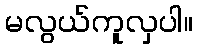
မလွယ်ကူလှပါ။